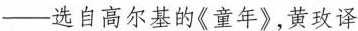
-选自高尔基的《童年》，黄玫译